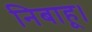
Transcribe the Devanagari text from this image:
निबाहू।